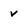
Character: v